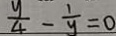
\frac { y } { 4 } - \frac { 1 } { y } = 0